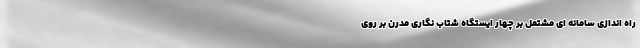
راه اندازی سامانه ای مشتمل بر چهار ایستگاه شتاب نگاری مدرن بر روی